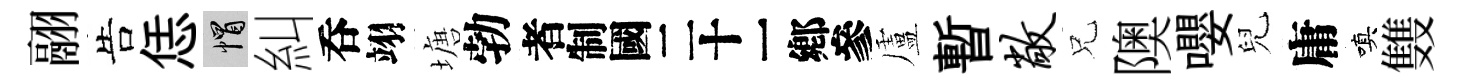
翮告恁帽糾呑翊塘勃识盧暫敞兄隩嚶兒庸嗔䨇